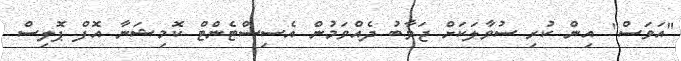
"އަވަސް" އިން ކުރި ސުވާލަކަށް ޖަވާބު ދެއްވަމުން އެސިސްޓެންޓް ކޮމިޝަނާ އޮފް ޕޮލިސް